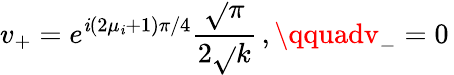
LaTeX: v_{+}=e^{\mathit{i}(2\mu_{\mathit{i}}+1)\pi/4}{\frac{{\sqrt{}{{\pi}}}}{{2\sqrt{}{{k}}}}}\, ,\qquadv_{-}=0\,